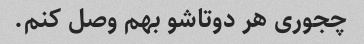
چجوری هر دوتاشو بهم وصل کنم.